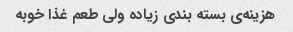
هزینه‌ی بسته بندی زیاده ولی طعم غذا خوبه